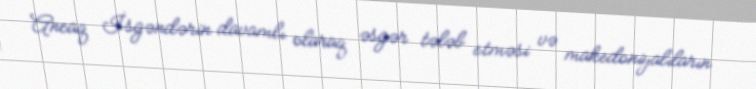
Ancaq İsgəndərin davamlı olaraq əsgər tələb etməsi və makedoniyalıların